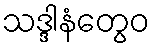
သဒ္ဒါနံတွေဝ